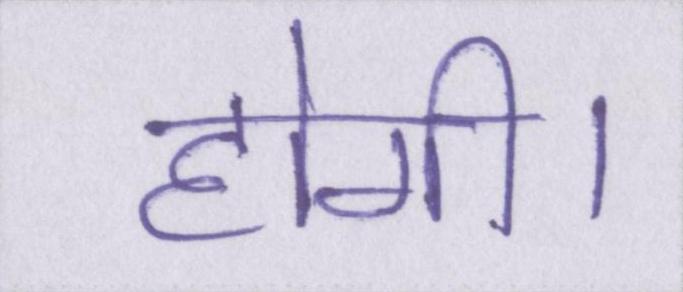
होगी।